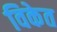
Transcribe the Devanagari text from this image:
विकेत